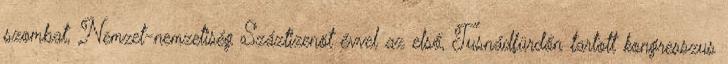
szombat, Nemzet-nemzetiség Száztizenöt évvel az első, Tusnádfürdőn tartott kongresszus